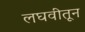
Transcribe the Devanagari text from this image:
लघवीतून